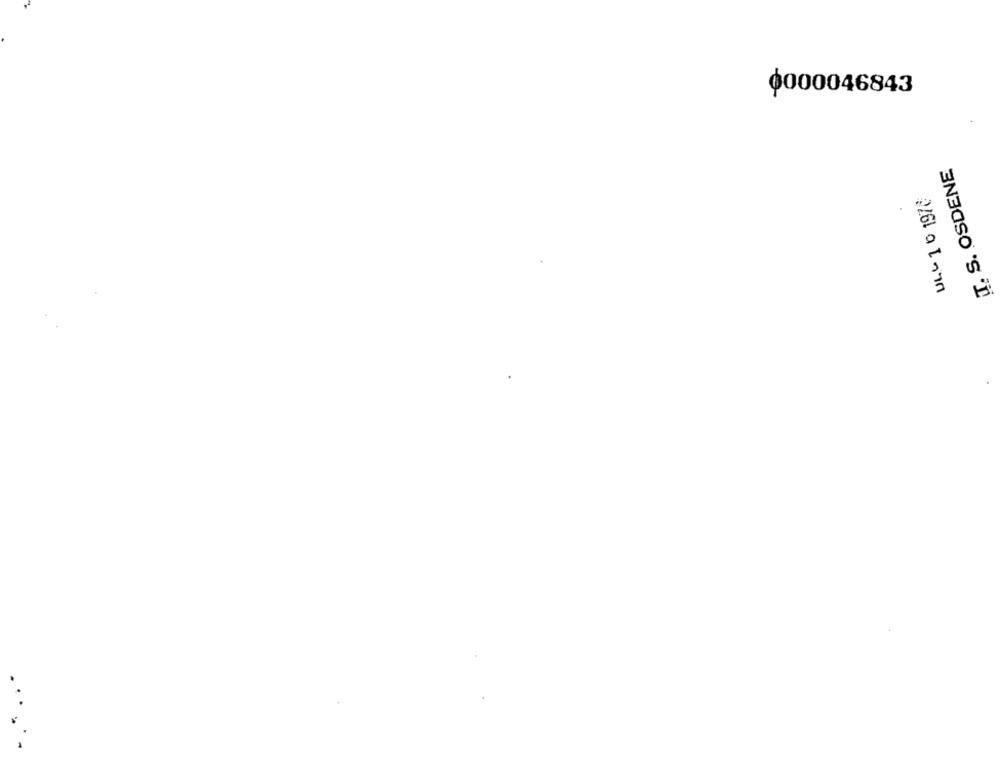
0000046843
T. S. OSDENE
2161 199